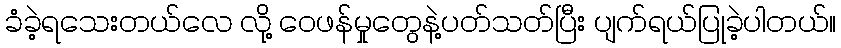
ခံခဲ့ရသေးတယ်လေ လို့ ဝေဖန်မှုတွေနဲ့ပတ်သတ်ပြီး ပျက်ရယ်ပြုခဲ့ပါတယ်။